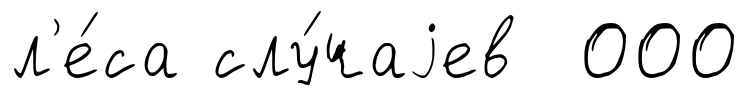
л'е́са слу́чаjев 000